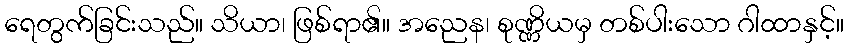
ရေတွက်ခြင်းသည်။ သိယာ၊ ဖြစ်ရာ၏။ အညေန၊ စုဏ္ဏိယမှ တစ်ပါးသော ဂါထာနှင့်။